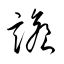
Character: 譫